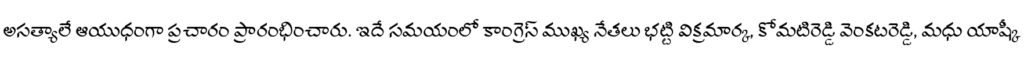
అసత్యాలే ఆయుధంగా ప్రచారం ప్రారంభించారు. ఇదే సమయంలో కాంగ్రెస్ ముఖ్య నేతలు భట్టి విక్రమార్క, కోమటిరెడ్డి వెంకటరెడ్డి, మధు యాష్కీ